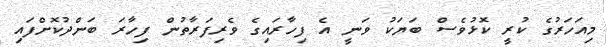
މިއަހަރުގެ ކުރީ ކޮޅުވެސް ބަޔަކު ވަނީ އެ ފިހާރައިގެ ވެރިފަރާތުން ފިހާރަ ބަންދުކޮށްފައި